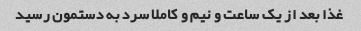
غذا بعد از یک ساعت و نیم و کاملا سرد به دستمون رسید